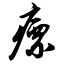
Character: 瘭